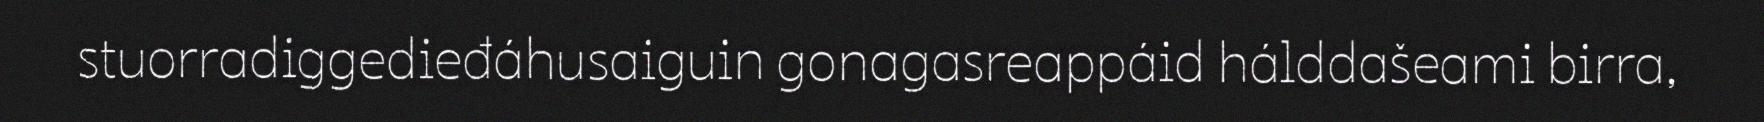
stuorradiggedieđáhusaiguin gonagasreappáid hálddašeami birra,